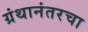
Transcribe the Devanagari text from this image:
ग्रंथानंतरचा